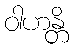
ဝါဟန္တိ